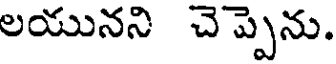
లయునని చెప్పెను.